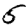
Digit: 5